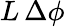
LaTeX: L\, \Delta\phi